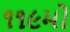
૧૧૯મો